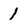
Character: 1